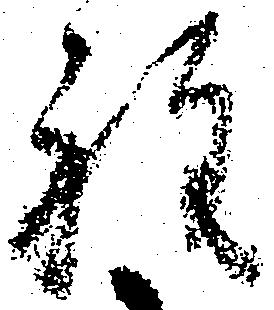
程